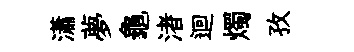
瀟夢龜渚迴燭孜